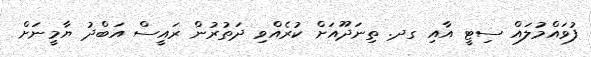
ފުވައްމުލައް ސިޓީ އާއި ގދ. ތިނަދޫއަށް ކުރެއްވި ދަތުރުން ރައީސް އަބްދު ޔާމީނަށް